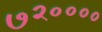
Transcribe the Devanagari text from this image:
७२००००